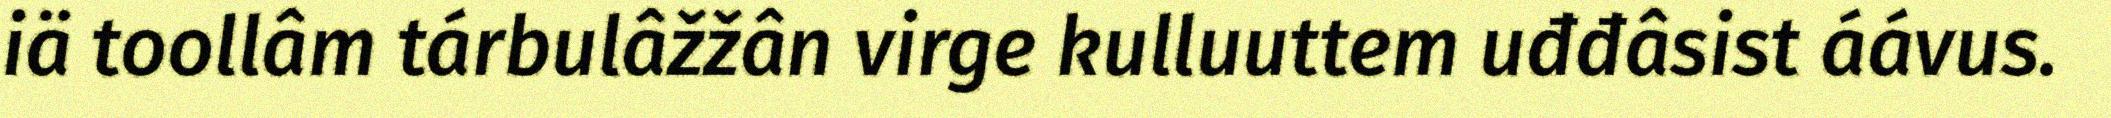
iä toollâm tárbulâžžân virge kulluuttem uđđâsist áávus.